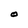
Character: O